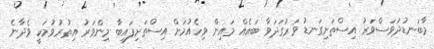
މާބަނޑުދުވަސްވަރު އިސްތަށިގަނޑު ވަރުގަދަވާ ބައެއް މައިން ވިހެއުމަށް އިސްތަށިފައިބާ މިންވަރު އިތުރުވުމަކީ ވެދާނެ